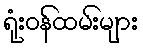
ရုံးဝန်ထမ်းများ